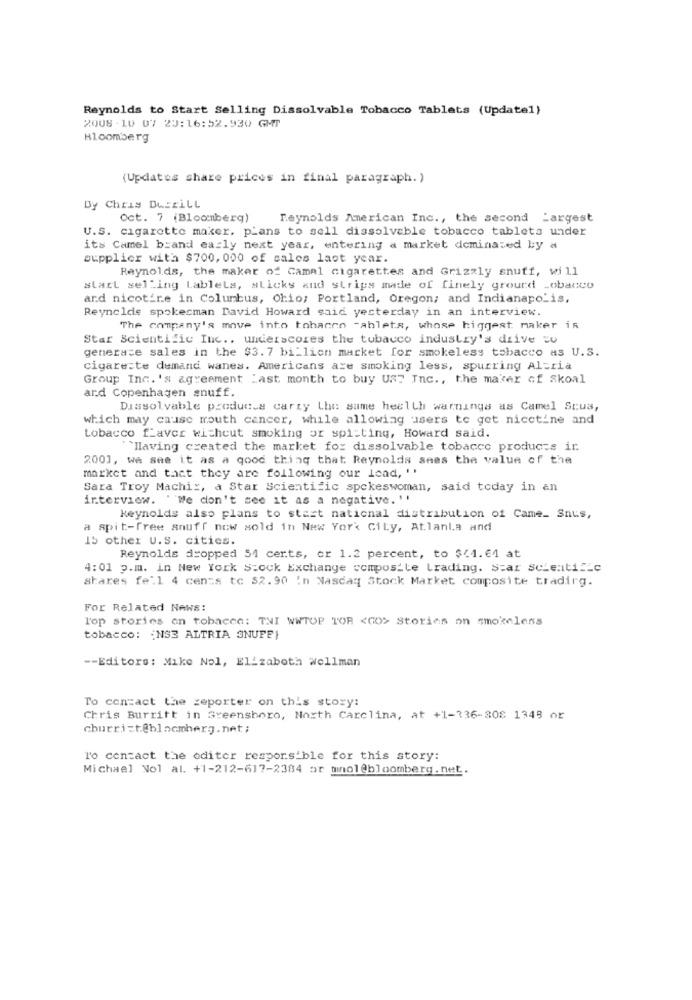
Reynolds to Start Selling Dissolvable Tobacco Tablets (Update1)
2008 -10 07 23:16:52.930 GMT
Bloomberg
(Updates share prices in final paragraph. )
Dy Chris Dertill
Oct. 7 (Bloomberg)
Reynolds American Inc ., the second Largest
U.S. cigarette maker. plans to sell dissolveble tobacco tablets under
its Camel brand early next year, entering a market dominated by a
supplier with $700, 000 of sales last year.
Reynolds, the maker of Camel cigarettes and Grizzly snuff, will
start selling Lablels, sticks and strips made of finely ground _obacco
ard nicotire in Columbus, ohio; Portland, Oregon; and Indianapolis,
Reynolds spokesman David Howard said yesterday in an interview.
The company's move into tohacen -ablets, whose biggest maker is
Star Scientific Inc .. underscores the tobacco industry's drive EU
generace sales in the $3.7 billion market for smokeless tobacco as U.S.
cigare:te demand wanes. Americans are smoking less, spurring Altria
Group Inc. 's agreement "ast month to buy UST Inc ., the maker of Skoal
ard Copenhagen snuff.
Dissolvable produces carzy the same health warnings as Camel Scus,
which may cause mouth cancer, while allowing users to get nicetine and
tobacco favor without smoking or spitting, Howard said.
``Having created the market for dissolvable tobacco products ir
2001, we see it as a good thing that Reynolds sees the value of the
market and that they are following our lead, ''
Sara Troy Machi :, a Star Scientific spokeswoman, said today in an
interview. "We don't see it as a negative. ''
keynolds also plans to start national distribution of Came_ Snus,
a spit-free snuff now sold in New York City, Atlanta and
15 other U.S. cities.
Reynolds dropped 51 certs, or 1.2 percent, to $41.61 at
4:01 p.m. in New York Stock Exchange composite trading. Star scientific
shares fe'l 4 cents to $2.90 In Nasdaq Stock Market composite tradirg.
For Related News:
Top stories on tobacco: THI WWTOP TOR <CO> Stories on smokeless
tobacco: ¿ NS3 ALTRIA SNUFF}
-- Editors: Mike Nol, Elizabeth Wellman
To contact the reporter on this story:
Chris Burritt in Greensboro, North Carolina, at +1-336-808 1349 or
churri=t@bloomberg. net ;
To contact the editor responsible for this story:
Michael Vol al. +1-212-617-2384 or mnol@bloomberg.net.